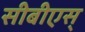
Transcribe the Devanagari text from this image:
सीबीएस्